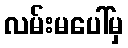
လမ်းမပေါ်မှ